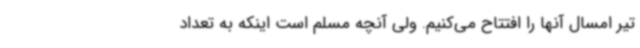
تیر امسال آنها را افتتاح می‌کنیم. ولی آنچه مسلم است اینکه به تعداد